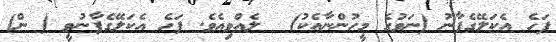
ފަހެ އެކަލޭގެފާނު (ނަވުގެ މީހުންނާއެކު)  ލެއްވިއެވެ. ފަހެ އެކަލޭގެފާނުވީ ( ން)